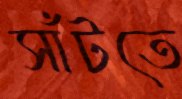
সাঁটতে